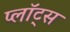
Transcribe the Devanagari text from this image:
प्लॉट्स